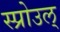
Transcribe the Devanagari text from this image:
स्प्रोउल्